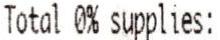
TOTAL 0% SUPPLIES: